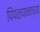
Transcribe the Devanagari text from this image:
पिंपळपानाच्या